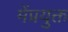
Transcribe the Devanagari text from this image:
मेंप्रयुक्त